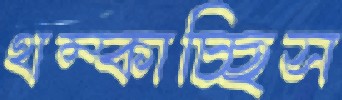
থম্‌কাচ্ছিস